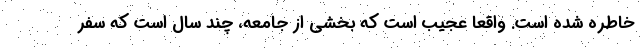
خاطره شده است. واقعا عجیب است که بخشی از جامعه، چند سال است که سفر